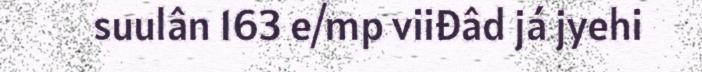
suulân 163 e/mp viiđâd já jyehi